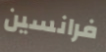
فرانسين